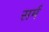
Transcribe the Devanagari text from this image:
सर्म